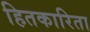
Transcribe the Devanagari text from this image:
हितकारिता